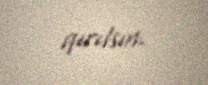
qırılsın.